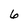
Character: 6